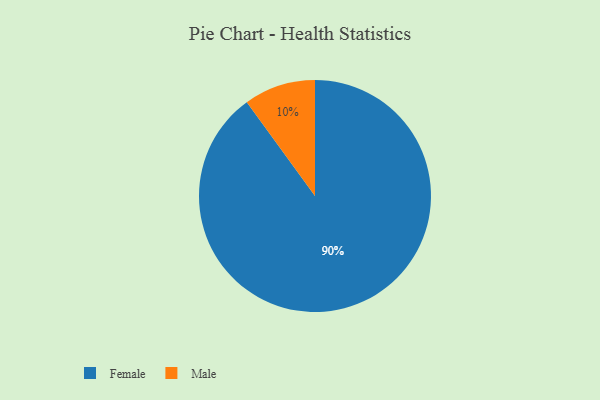
{"axis": {"x": "Category", "y": "Percentage"}, "legend": ["Female", "Male"], "data": [{"x": "Male", "y": 10, "type": "Male"}, {"x": "Female", "y": 90, "type": "Female"}]}